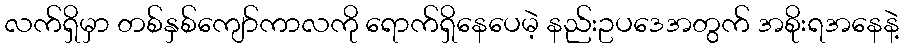
လက်ရှိမှာ တစ်နှစ်ကျော်ကာလကို ရောက်ရှိနေပေမဲ့ နည်းဥပဒေအတွက် အစိုးရအနေနဲ့